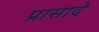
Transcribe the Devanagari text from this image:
प्रासादे